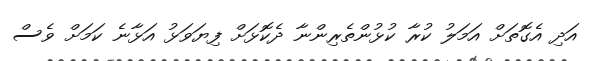
އަދި އެގޮތަށް އަމަލު ކުރާ ކުޅުންތެރިންނާ ދެކޮޅަށް ފިޔަވަޅު އަޅާނެ ކަމަށް ވެސް